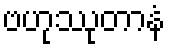
ဗဟုဿုတာနံ